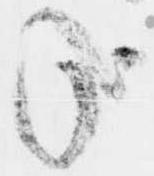
哉